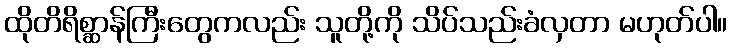
ထိုတိရိစ္ဆာန်ကြီးတွေကလည်း သူတို့ကို သိပ်သည်းခံလှတာ မဟုတ်ပါ။